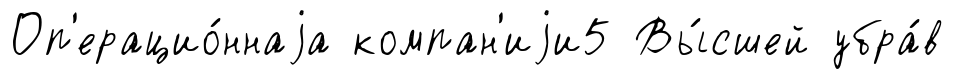
Оп'ерацио́ннаjа компан'иjи5 Вы́сшей убра́в